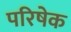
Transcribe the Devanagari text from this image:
परिषेक